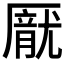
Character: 𪠙